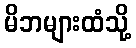
မိဘများထံသို့